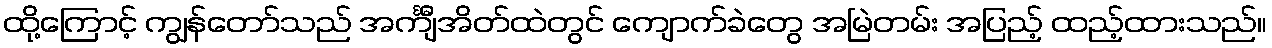
ထို့ကြောင့် ကျွန်တော်သည် အင်္ကျီအိတ်ထဲတွင် ကျောက်ခဲတွေ အမြဲတမ်း အပြည့် ထည့်ထားသည်။